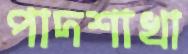
পাদশাখা